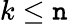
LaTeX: k\leq\mathtt{n}